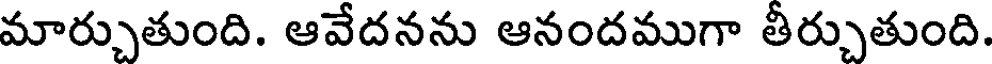
మార్చుతుంది. ఆవేదనను ఆనందముగా తీర్చుతుంది.